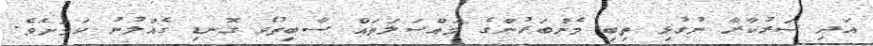
އަދި ސަރުކާރާ ނުގުޅި ތިބި މެންބަރުންގެ މައްސަލަތައް ސާބިތުވެ ގޮނޑި ގެއްލުނު ކަމަށެވެ.